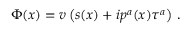
\Phi ( x ) = v \left( s ( x ) + i p ^ { a } ( x ) \tau ^ { a } \right) \, .